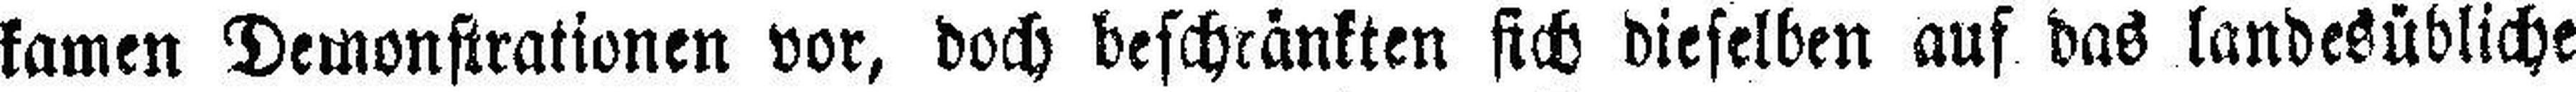
kamen Demonstrationen vor, doch beschränkten sich dieselben auf das landesübliche